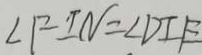
\angle F I N = \angle D I E